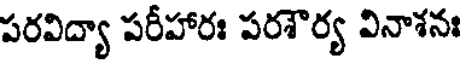
పరవిద్యా పరీహారః పరశౌర్య వినాశనః